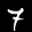
Label: 7